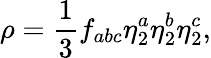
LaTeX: \rho=\frac{1}{3}f_{abc}\eta_{2}^{a}\eta_{2}^{b}\eta_{2}^{c},